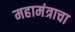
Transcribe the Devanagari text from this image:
महामंत्राचा